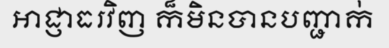
អាជ្ញាធរវិញ ក៏មិនបានបញ្ជាក់